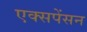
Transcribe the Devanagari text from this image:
एक्सपेंसन